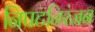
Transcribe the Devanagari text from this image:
निपटनिरंजन